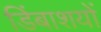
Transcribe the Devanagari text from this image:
डिंबाशयों